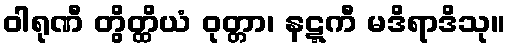
ဝါရုဏီ တွိတ္ထိယံ ဝုတ္တာ၊ နဋ္ဋကီ မဒိရာဒိသု။